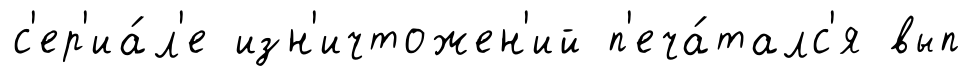
с'ер'иа́л'е изн'ичтожен'ий п'еча́талс'я вып